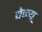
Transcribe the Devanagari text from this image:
वेन्यू